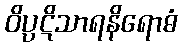
ဝိပ္ပဋိသာရနိရောဓံ